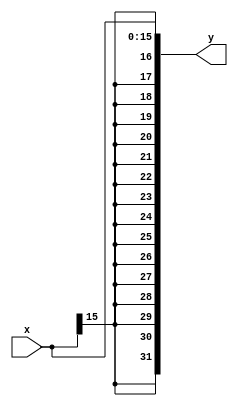
`timescale 1ns / 1ps
//////////////////////////////////////////////////////////////////////////////////
// Company: 
// 
// Design Name: 
// Module Name: sign_extend
// Project Name: 
// Target Devices: 
// Tool Versions: 
// Description: 
// 
// Dependencies: 
// 
// Revision:
// Revision 0.01 - File Created
// Additional Comments:
// 
//////////////////////////////////////////////////////////////////////////////////


module sign_extend(
    input [15:0] x,
    output [31:0] y
    );
    
    assign y={{16{x[15]}}, x};
    
endmodule